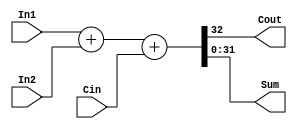
module adder_32bit (Cout, Sum,In1,In2,Cin);
 input[0:31] In1,In2;
 input Cin;
 output Cout;
 output[0:31] Sum; 
 assign {Cout,Sum}=In1+In2+Cin;
endmodule